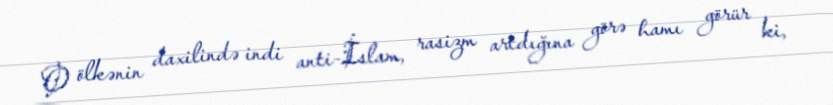
O ölkənin daxilində indi anti-İslam, rasizm artdığına görə hamı görür ki,